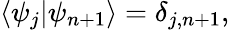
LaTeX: \left\langle{\psi_{j}}\middle|{\psi_{n+1}}\right\rangle=\delta_{j,n+1},